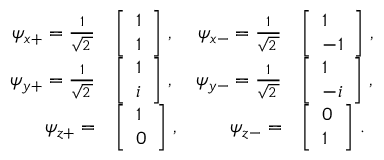
{ \begin{array} { r l r l } { \psi _ { x + } = { \frac { 1 } { \sqrt { 2 \, } } } } & { { \left[ \begin{array} { l } { 1 } \\ { 1 } \end{array} \right] } \; , } & { \psi _ { x - } = { \frac { 1 } { \sqrt { 2 \, } } } } & { { \left[ \begin{array} { l } { 1 } \\ { - 1 } \end{array} \right] } \; , } \\ { \psi _ { y + } = { \frac { 1 } { \sqrt { 2 \, } } } } & { { \left[ \begin{array} { l } { 1 } \\ { i } \end{array} \right] } \; , } & { \psi _ { y - } = { \frac { 1 } { \sqrt { 2 \, } } } } & { { \left[ \begin{array} { l } { 1 } \\ { - i } \end{array} \right] } \; , } \\ { \psi _ { z + } = } & { { \left[ \begin{array} { l } { 1 } \\ { 0 } \end{array} \right] } \; , } & { \psi _ { z - } = } & { { \left[ \begin{array} { l } { 0 } \\ { 1 } \end{array} \right] } ~ . } \end{array} }